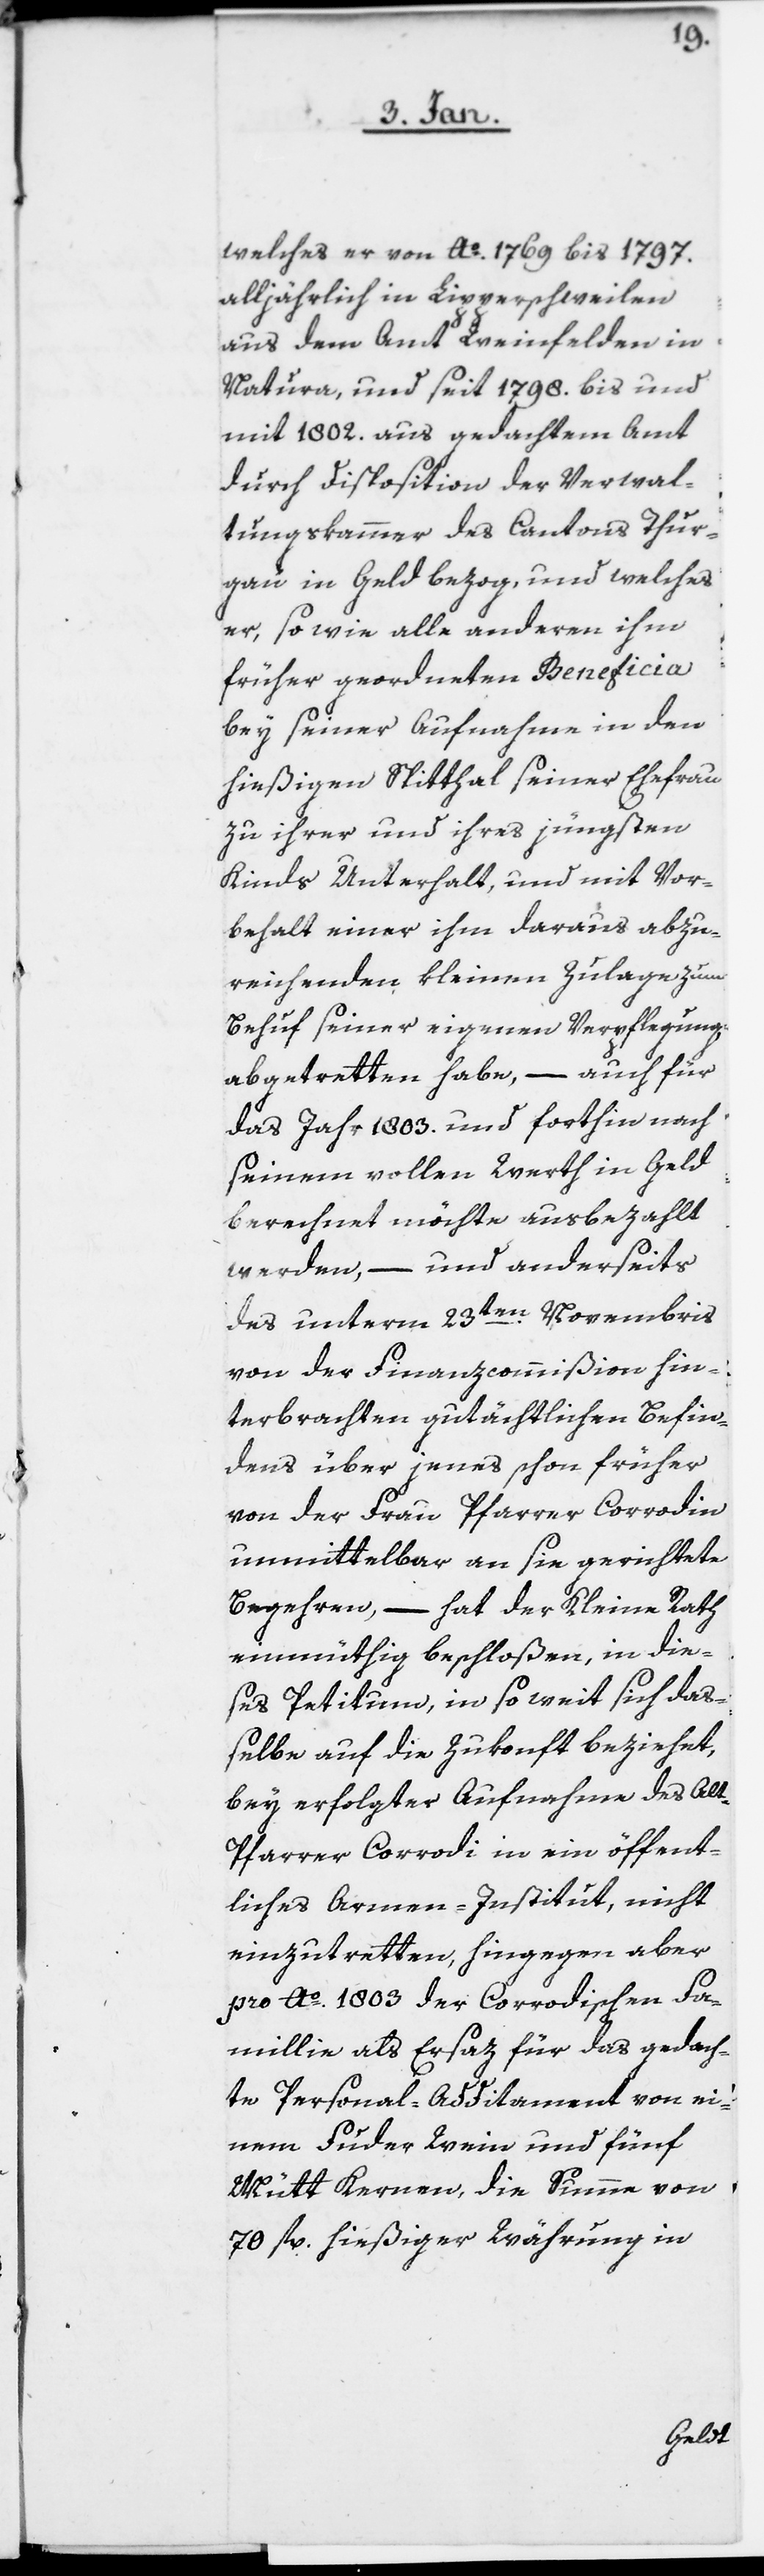
welches er von Ao. 1769 bis 1797.
alljährlich in Lipperschweilen
aus dem Amt Weinfelden in
Natura, und seit 1798. bis und
mit 1802. aus gedachtem Amt
durch Disposition der Verwal¬
tungskammer des Cantons Thur¬
gau in Geld bezog, und welches
er, so wie alle anderen ihm
früher geordneten Beneficia
bey seiner Aufnahme in den
hießigen Spitthal seiner Ehefrau
zu ihrer und ihres jüngsten
Kinds Unterhalt, und mit Vor¬
behalt einer ihm daraus abzu¬
reichenden kleinen Zulage zum
Behuf seiner eigenen Verpflegung
abgetretten habe, – auch für
das Jahr 1803. und forthin nach
seinem vollen Werth in Geld
berechnet möchte ausbezahlt
werden, – und anderseits
das unterm 23sten Novembris
von der Finanzcommißion hin¬
terbrachten gutächtlichen Befin¬
dens über jenes schon früher
von der Frau Pfarrer Corrodin
unmittelbar an sie gerichtete
Begehren, – hat der Kleine Rath
einmüthig beschloßen, in die¬
ses Petitum, in so weit sich daß¬
elbe auf die Zukonft beziehet,
bey erfolgter Aufnahme des Al¬
t-Pfarrer Corrodi in ein öffent¬
liches Armen-Institut, nicht
einzutretten, hingegen aber
pro Ao. 1803 der Corrodischen Fa¬
milie als Ersaz für das gedach¬
te Personal-Additament von ei¬
nem Fuder Wein und fünf
Mütt Kernen, die Summe von
70 fl. hießiger Währung in